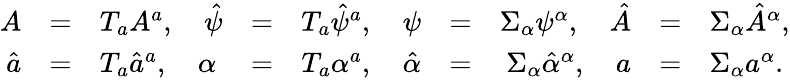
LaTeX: \begin{array}{rclrclrclrcl}{{A}}&{{=}}&{{T_{a}A^{a},\quad\hat{\psi}}}&{{=}}&{{T_{a}\hat{\psi}^{a},\quad\psi}}&{{=}}&{{\Sigma_{\alpha}\psi^{\alpha},\quad\hat{A}}}&{{=}}&{{\Sigma_{\alpha}\hat{A}^{\alpha},}}\\ {{\hat{a}}}&{{=}}&{{T_{a}\hat{a}^{a},\quad\alpha}}&{{=}}&{{T_{a}\alpha^{a},\quad\hat{\alpha}}}&{{=}}&{{\Sigma_{\alpha}\hat{\alpha}^{\alpha},\quad a}}&{{=}}&{{\Sigma_{\alpha}a^{\alpha}.}}\end{array}